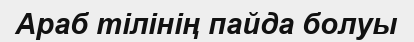
Араб тілінің пайда болуы